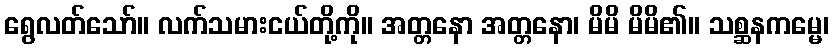
ရွေလတ်သော်။ လက်သမားငယ်တို့ကို။ အတ္တနော အတ္တနော၊ မိမိ မိမိ၏။ သစ္ဆနကမ္မေ၊